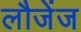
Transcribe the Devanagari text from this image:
लौजेंज